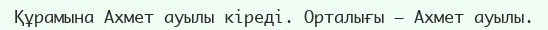
Құрамына Ахмет ауылы кіреді. Орталығы – Ахмет ауылы.